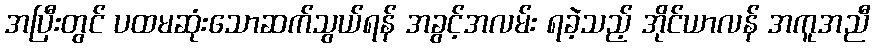
အပြီးတွင် ပထမဆုံးသောဆက်သွယ်ရန် အခွင့်အလမ်း ရခဲ့သည့် အိုင်ယာလန် အကူအညီ